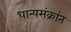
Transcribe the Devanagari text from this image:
धान्यसंक्रांत